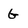
Character: G